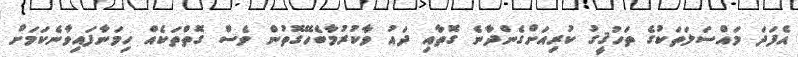
އެފަދަ މައްސަލަތަކުގެ ތަހުޤީގު ކުރިއަށްގެންދާނެ ގޮތާއި ދައު ވާކުރުމާބެހޭގޮތުން ވެސް ގޮތްތަކެއް ހިމަނާފައިވާނެކަމަށް